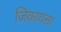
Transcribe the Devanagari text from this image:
जिंकायला